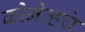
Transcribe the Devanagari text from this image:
कोनेव्हचे